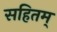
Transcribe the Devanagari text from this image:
सहितम्